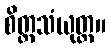
စိတ္တသံယုတ္တ။